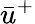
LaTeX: \bar{u}^{+}